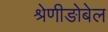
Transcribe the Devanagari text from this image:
श्रेणीङोबेल